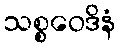
သစ္စဝေဒိနံ